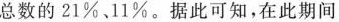
总数的21%11%。据此可知，在此期间